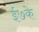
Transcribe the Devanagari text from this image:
ई७के